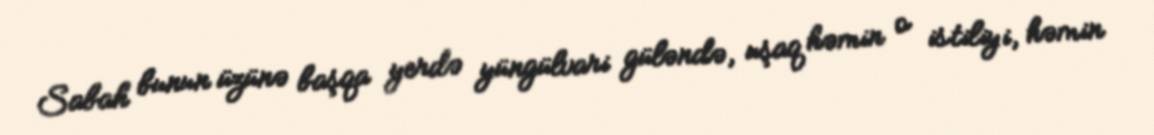
Sabah bunun üzünə başqa yerdə yüngülvari güləndə, uşaq həmin o istiliyi, həmin